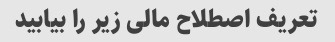
تعریف اصطلاح مالی زیر را بیابید